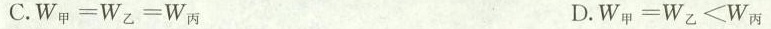
C.W_{甲}=W_{乙}=W_{丙} D.W_{甲}=W_{乙}≤W_{丙}